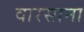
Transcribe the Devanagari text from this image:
वारसाना